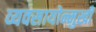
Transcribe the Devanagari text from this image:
व्यवसायोन्मुखी